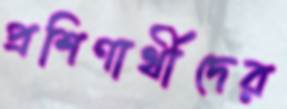
প্রশিণার্থীদের